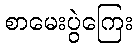
စာမေးပွဲကြေး